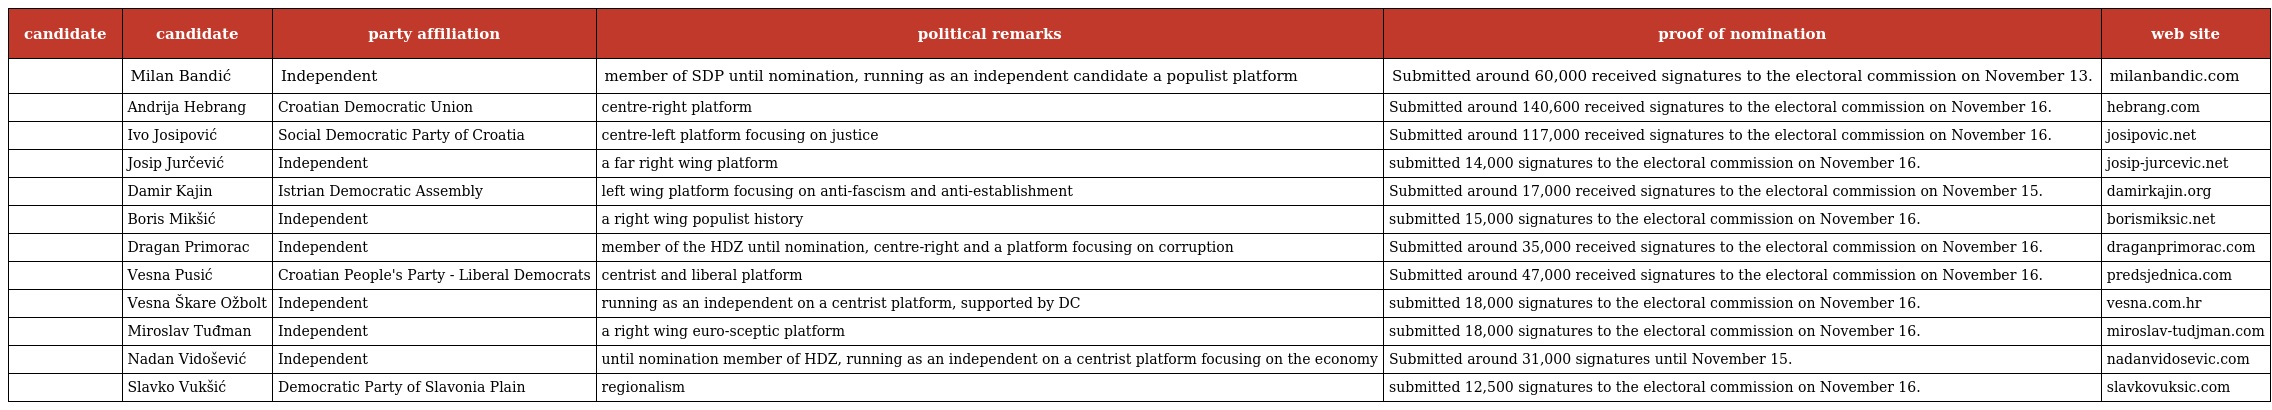
| candidate | candidate | party affiliation | political remarks | proof of nomination | web site |
 | --- | --- | --- | --- | --- | --- |
 |  | Milan Bandić | Independent | member of SDP until nomination, running as an independent candidate a populist platform | Submitted around 60,000 received signatures to the electoral commission on November 13. | milanbandic.com |
 |  | Andrija Hebrang | Croatian Democratic Union | centre-right platform | Submitted around 140,600 received signatures to the electoral commission on November 16. | hebrang.com |
 |  | Ivo Josipović | Social Democratic Party of Croatia | centre-left platform focusing on justice | Submitted around 117,000 received signatures to the electoral commission on November 16. | josipovic.net |
 |  | Josip Jurčević | Independent | a far right wing platform | submitted 14,000 signatures to the electoral commission on November 16. | josip-jurcevic.net |
 |  | Damir Kajin | Istrian Democratic Assembly | left wing platform focusing on anti-fascism and anti-establishment | Submitted around 17,000 received signatures to the electoral commission on November 15. | damirkajin.org |
 |  | Boris Mikšić | Independent | a right wing populist history | submitted 15,000 signatures to the electoral commission on November 16. | borismiksic.net |
 |  | Dragan Primorac | Independent | member of the HDZ until nomination, centre-right and a platform focusing on corruption | Submitted around 35,000 received signatures to the electoral commission on November 16. | draganprimorac.com |
 |  | Vesna Pusić | Croatian People's Party - Liberal Democrats | centrist and liberal platform | Submitted around 47,000 received signatures to the electoral commission on November 16. | predsjednica.com |
 |  | Vesna Škare Ožbolt | Independent | running as an independent on a centrist platform, supported by DC | submitted 18,000 signatures to the electoral commission on November 16. | vesna.com.hr |
 |  | Miroslav Tuđman | Independent | a right wing euro-sceptic platform | submitted 18,000 signatures to the electoral commission on November 16. | miroslav-tudjman.com |
 |  | Nadan Vidošević | Independent | until nomination member of HDZ, running as an independent on a centrist platform focusing on the economy | Submitted around 31,000 signatures until November 15. | nadanvidosevic.com |
 |  | Slavko Vukšić | Democratic Party of Slavonia Plain | regionalism | submitted 12,500 signatures to the electoral commission on November 16. | slavkovuksic.com |